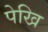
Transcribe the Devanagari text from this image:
पेखि